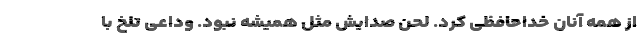
از همه آنان خداحافظی کرد. لحن صدایش مثل همیشه نبود. وداعی تلخ با